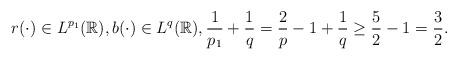
LaTeX: \begin{align*}r(\cdot)\in L^{p_1}(\mathbb{R}),b(\cdot)\in L^q(\mathbb{R}),\frac{1}{p_1}+\frac{1}{q}=\frac{2}{p}-1+\frac{1}{q}\ge \frac{5}{2}-1= \frac{3}{2}.\end{align*}